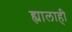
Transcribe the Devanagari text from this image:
ह्यालाही